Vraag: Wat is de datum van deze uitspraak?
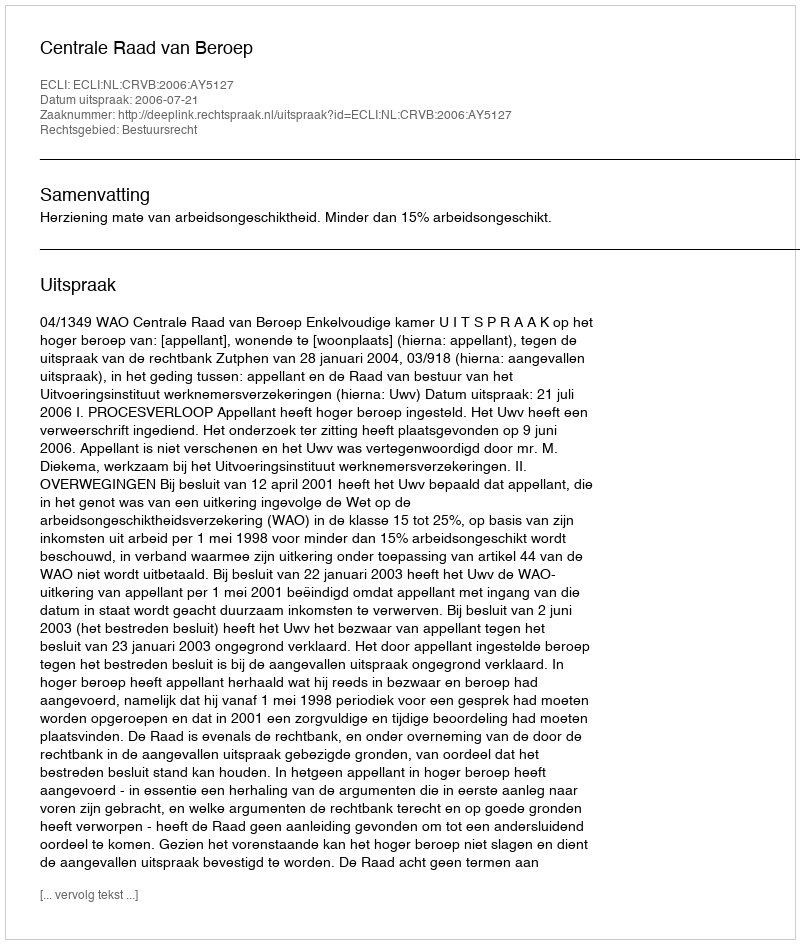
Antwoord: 2006-07-21